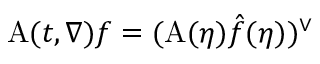
\mathrm { A } ( t , \nabla ) f = ( \mathrm { A } ( \eta ) \hat { f } ( \eta ) ) ^ { \vee }